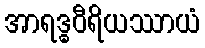
အာရဒ္ဓဝီရိယဿာယံ